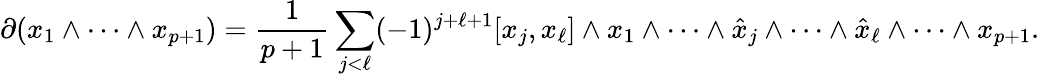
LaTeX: \partial(x_{1}\wedge\cdots\wedge x_{p+1})={\frac{1}{p+1}}\sum_{j<\ell}(-1)^{j+\ell+1}[x_{j},x_{\ell}]\wedge x_{1}\wedge\cdots\wedge{\hat{x}}_{j}\wedge\cdots\wedge{\hat{x}}_{\ell}\wedge\cdots\wedge x_{p+1}.